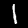
Digit: 1